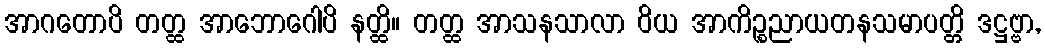
အာဂတောပိ တတ္ထ အာဘောဂေါပိ နတ္ထိ။ တတ္ထ အာသနသာလာ ဝိယ အာကိဉ္စညာယတနသမာပတ္တိ ဒဋ္ဌဗ္ဗာ,